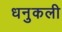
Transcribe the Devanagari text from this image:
धनुकली